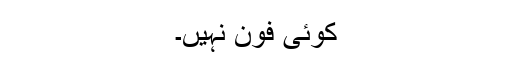
کوئی فون نہیں۔